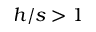
h / s > 1